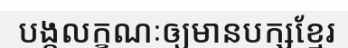
បង្កលក្ខណៈឲ្យមានបក្សខ្មែរ